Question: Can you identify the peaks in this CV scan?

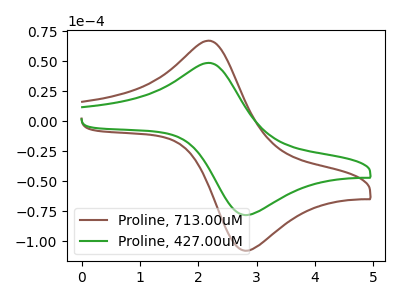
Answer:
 <answer>The brown curve "Proline, 713.00uM" has an anodic peak at (2.15V, 67.30uA) and a cathodic peak at (2.80V, -108.00uA). The green curve "Proline, 427.00uM" has an anodic peak at (2.15V, 48.75uA) and a cathodic peak at (2.80V, -78.25uA).</answer>
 <eval></eval>